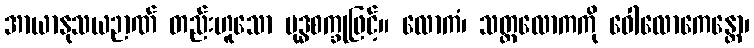
အာယာနုသယဉာဏ် တည်းဟူသော ဗုဒ္ဓစက္ခုဖြင့်။ လောကံ၊ သတ္တလောကကို ဝေါလောကေန္တော၊